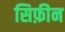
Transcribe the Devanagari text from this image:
सिफ़ीन